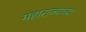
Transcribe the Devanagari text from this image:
महाराज्याच्या